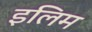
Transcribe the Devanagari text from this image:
इलिम